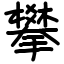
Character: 攀